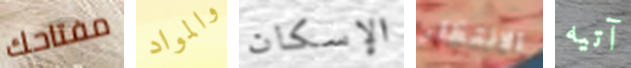
مفتاحك والمواد الإسكان الانتظار آتيه